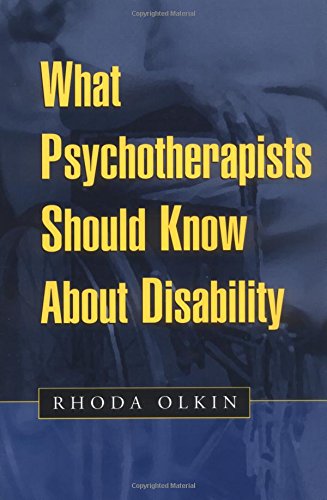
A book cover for What Psychotherapists Should Know About Disability; Rhoda Olkin Phd; Law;